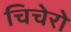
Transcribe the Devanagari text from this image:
चिचेरो